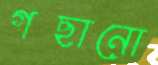
গছানো